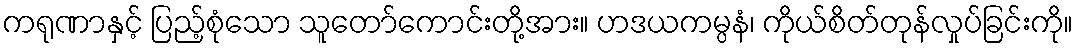
ကရုဏာနှင့် ပြည့်စုံသော သူတော်ကောင်းတို့အား။ ဟဒယကမ္ပနံ၊ ကိုယ်စိတ်တုန်လှုပ်ခြင်းကို။